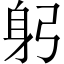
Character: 躬